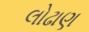
લોઢાણ